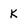
Character: k